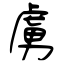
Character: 虜